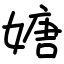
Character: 㜍